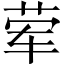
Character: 荤